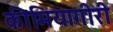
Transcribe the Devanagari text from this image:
कीमियागीरी